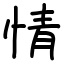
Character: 情